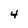
Character: 4